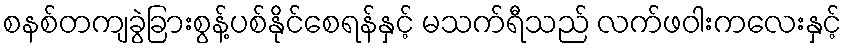
စနစ်တကျခွဲခြားစွန့်ပစ်နိုင်စေရန်နှင့် မသက်ရီသည် လက်ဖဝါးကလေးနှင့်